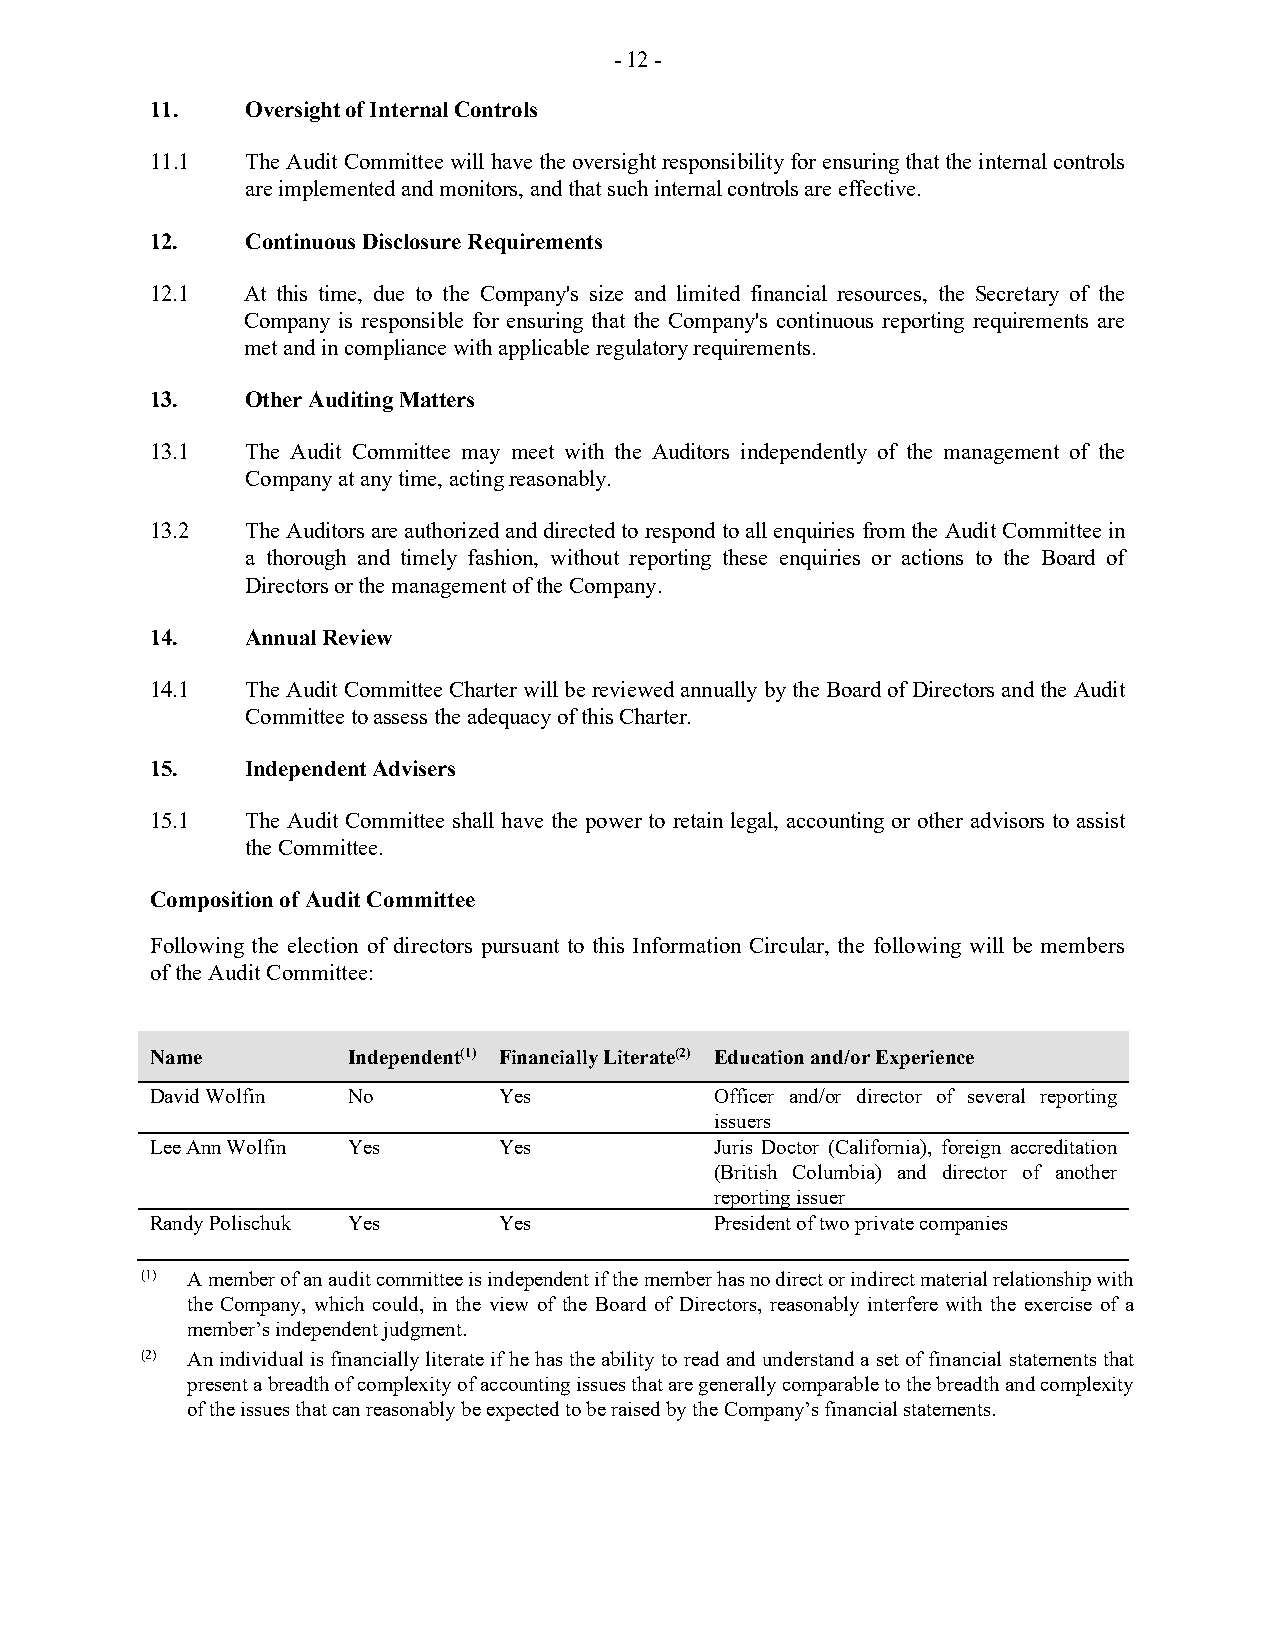
- 12 -
 11.   Oversight of Internal Controls
 11.1  The Audit Committee will have the oversight responsibility for ensuring that the internal controls
 are implemented and monitors, and that such internal controls are effective.
 12.   Continuous Disclosure Requirements
 12.1  At this time, due to the Company's size and limited financial resources, the Secretary of the
 Company is responsible for ensuring that the Company's continuous reporting requirements are
 met and in compliance with applicable regulatory requirements.
 13.   Other Auditing Matters
 13.1  The Audit Committee may meet with the Auditors independently of the management of the
 Company at any time, acting reasonably.
 13.2  The Auditors are authorized and directed to respond to all enquiries from the Audit Committee in
 a thorough and timely fashion, without reporting these enquiries or actions to the Board of
 Directors or the management of the Company.
 14.   Annual Review
 14.1  The Audit Committee Charter will be reviewed annually by the Board of Directors and the Audit
 Committee to assess the adequacy of this Charter.
 15.   Independent Advisers
 15.1  The Audit Committee shall have the power to retain legal, accounting or other advisors to assist
 the Committee.
 Composition of Audit Committee
 Following the election of directors pursuant to this Information Circular, the following will be members
 of the Audit Committee:
 Name         Independent(1) Financially Literate(2) Education and/or Experience
 David Wolfin No        Yes           Officer and/or director of several reporting
 issuers
 Lee Ann Wolfin Yes     Yes           Juris Doctor (California), foreign accreditation
 (British Columbia) and director of another
 reporting issuer
 Randy Polischuk Yes    Yes           President of two private companies
 (1) A member of an audit committee is independent if the member has no direct or indirect material relationship with
 the Company, which could, in the view of the Board of Directors, reasonably interfere with the exercise of a
 member’s independent judgment.
 (2) An individual is financially literate if he has the ability to read and understand a set of financial statements that
 present a breadth of complexity of accounting issues that are generally comparable to the breadth and complexity
 of the issues that can reasonably be expected to be raised by the Company’s financial statements.